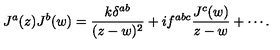
J ^ { a } ( z ) J ^ { b } ( w ) = \frac { k \delta ^ { a b } } { ( z - w ) ^ { 2 } } + i f ^ { a b c } \frac { J ^ { c } ( w ) } { z - w } + \cdots .